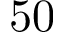
5 0